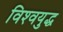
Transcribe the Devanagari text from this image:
विश्‍वयुद्ध